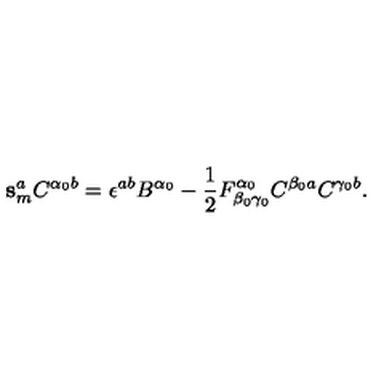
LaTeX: \mathbf { s } _ { m } ^ { a } C ^ { \alpha _ { 0 } b } = \epsilon ^ { a b } B ^ { \alpha _ { 0 } } - \mathrm { \frac { 1 } { 2 } } F _ { \beta _ { 0 } \gamma _ { 0 } } ^ { \alpha _ { 0 } } C ^ { \beta _ { 0 } a } C ^ { \gamma _ { 0 } b } .